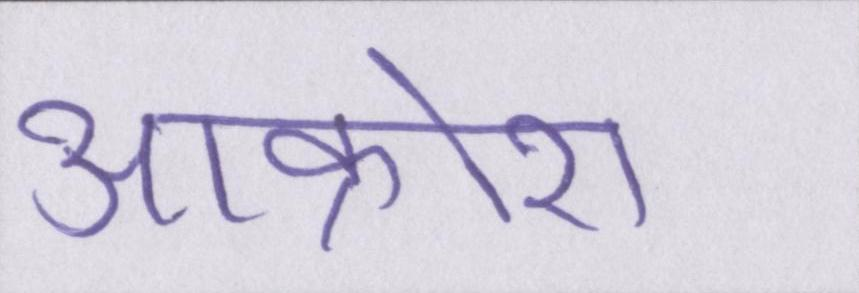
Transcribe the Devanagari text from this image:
आक्रोश